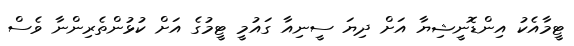
ޓީމާއެކު އިންޑޮނީޝިޔާ އަށް ދިޔަ ސީނިއާ ގައުމީ ޓީމުގެ އަށް ކުޅުންތެރިންނާ ވެސް